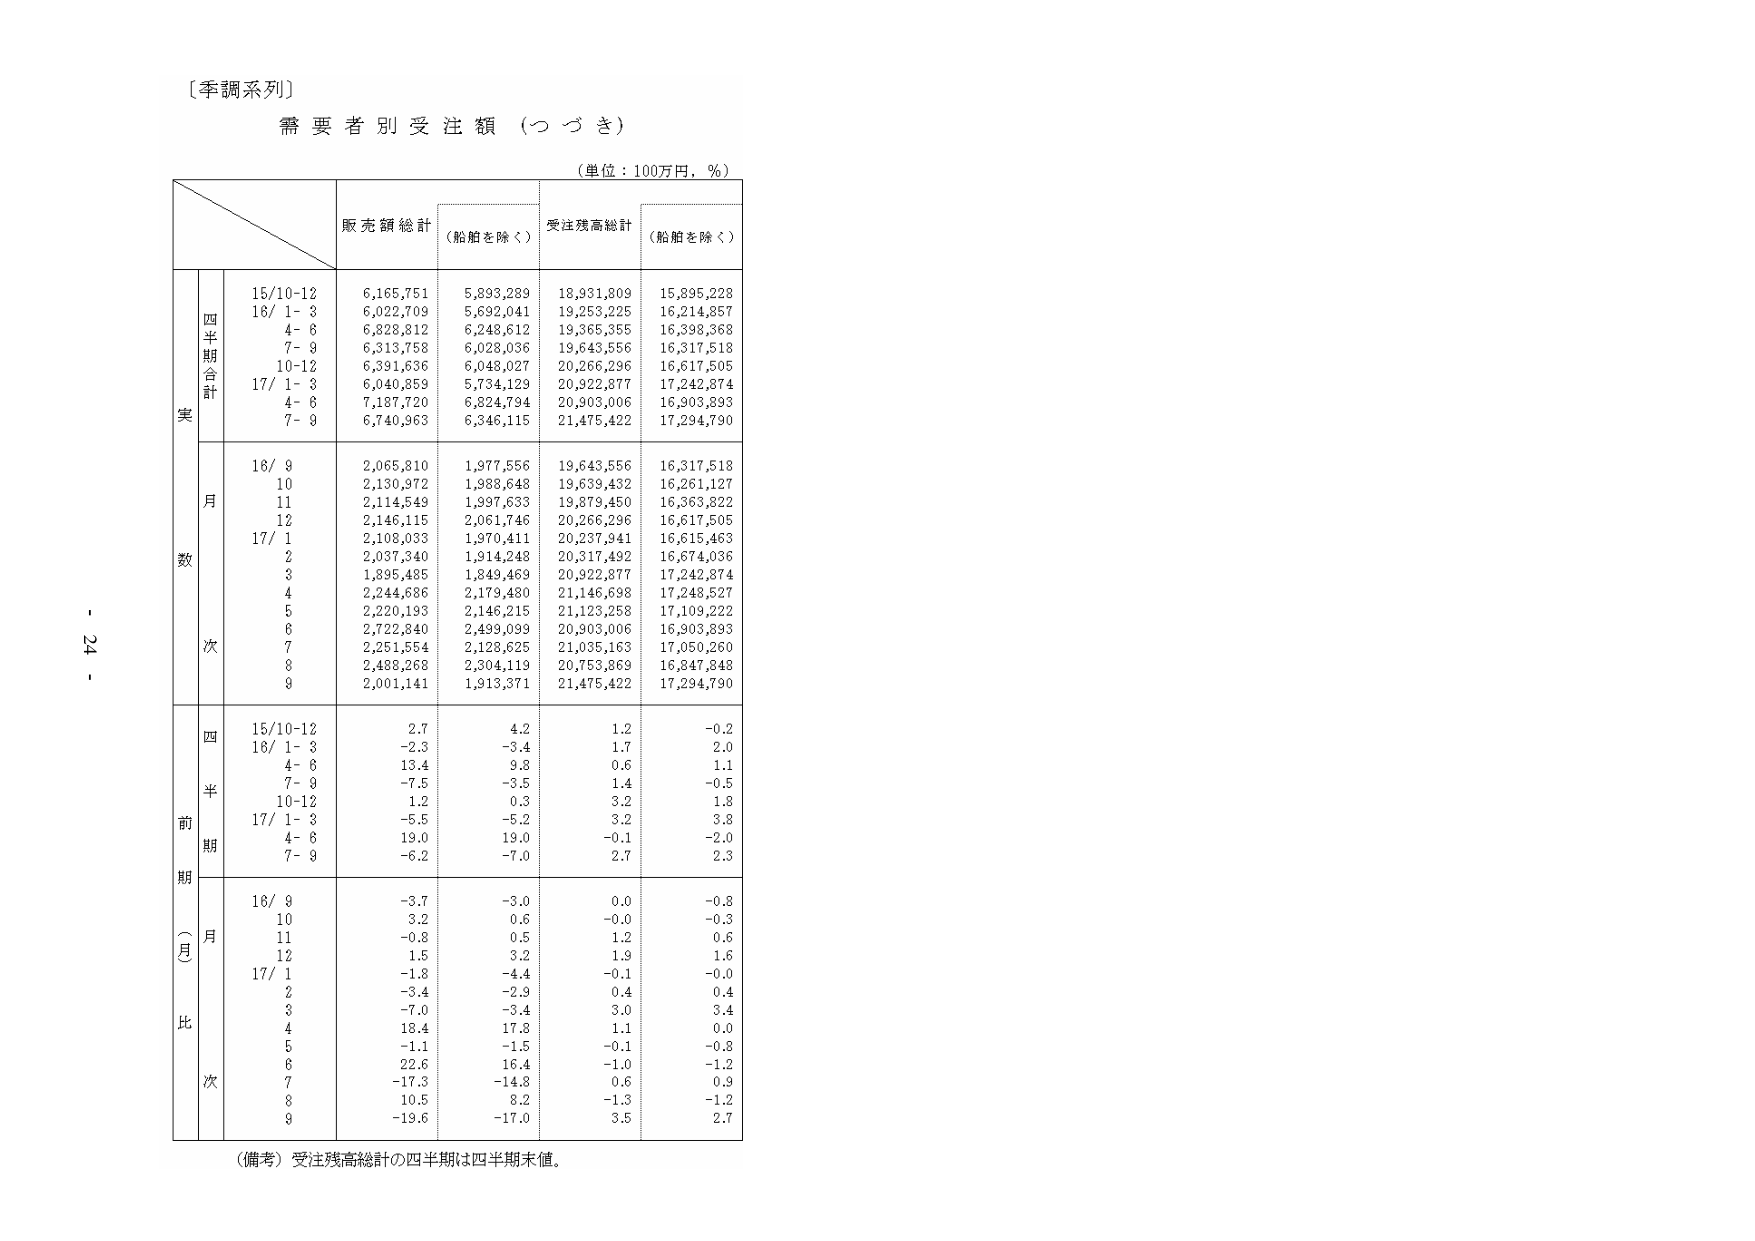
〔季調系列〕
需要者別受注額（つづき）
（単位：100万円，％）
販売額総計
（船舶を除く）
受注残高総計
（船舶を除く）
四半期合計
15/10-12
6,165,751
5,893,289
18,931,809
15,895,228
16/ 1- 3
6,022,709
5,692,041
19,253,225
16,214,857
4- 6
6,828,812
6,248,612
19,365,355
16,398,368
7- 9
6,313,758
6,028,036
19,643,556
16,317,518
10-12
6,391,636
6,048,027
20,266,296
16,617,505
17/ 1- 3
6,040,859
5,734,129
20,922,877
17,242,874
4- 6
7,187,720
6,824,794
20,903,006
16,903,893
7- 9
6,740,963
6,346,115
21,475,422
17,294,790
月数
16/ 9
2,065,810
1,977,556
19,643,556
16,317,518
10
2,130,972
1,988,648
19,639,432
16,261,127
11
2,114,549
1,997,633
19,879,450
16,363,822
12
2,146,115
2,061,746
20,266,296
16,617,505
17/ 1
2,108,033
1,970,411
20,237,941
16,615,463
2
2,037,340
1,914,248
20,317,492
16,674,036
3
1,895,485
1,849,469
20,922,877
17,242,874
4
2,244,686
2,179,480
21,146,698
17,248,527
5
2,220,193
2,146,215
21,123,258
17,109,222
6
2,722,840
2,499,099
20,903,006
16,903,893
7
2,251,554
2,128,625
21,035,163
17,050,260
8
2,488,268
2,304,119
20,753,869
16,847,848
9
2,001,141
1,913,371
21,475,422
17,294,790
前期（月比）
四半期
15/10-12
2.7
4.2
1.2
-0.2
16/ 1- 3
-2.3
-3.4
1.7
2.0
4- 6
13.4
9.8
0.6
1.1
7- 9
-7.5
-3.5
1.4
-0.5
10-12
1.2
0.3
3.2
1.8
17/ 1- 3
-5.5
-5.2
3.2
3.8
4- 6
19.0
19.0
-0.1
-2.0
7- 9
-6.2
-7.0
2.7
2.3
月次
16/ 9
-3.7
-3.0
0.0
-0.8
10
3.2
0.6
-0.0
-0.3
11
-0.8
0.5
1.2
0.6
12
1.5
3.2
1.9
1.6
17/ 1
-1.8
-4.4
-0.1
-0.0
2
-3.4
-2.9
0.4
0.4
3
-7.0
-3.4
3.0
3.4
4
18.4
17.8
1.1
0.0
5
-1.1
-1.5
-0.1
-0.8
6
22.6
16.4
-1.0
-1.2
7
-17.3
-14.8
0.6
0.9
8
10.5
8.2
-1.3
-1.2
9
-19.6
-17.0
3.5
2.7
（備考）受注残高総計の四半期は四半期末値。